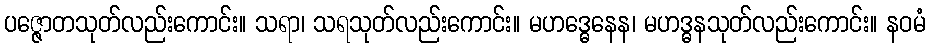
ပဇ္ဇောတသုတ်လည်းကောင်း။ သရာ၊ သရသုတ်လည်းကောင်း။ မဟဒ္ဓေနေန၊ မဟဒ္ဓနသုတ်လည်းကောင်း။ နဝမံ